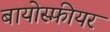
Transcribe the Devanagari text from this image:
बायोस्फ़ीयर